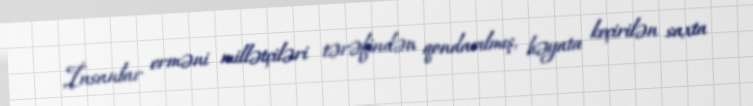
İnsanlar erməni millətçiləri tərəfindən qondarılmış, həyata keçirilən saxta